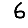
Digit: 6